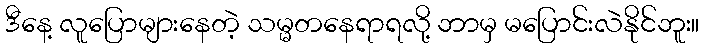
ဒီနေ့ လူပြောများနေတဲ့ သမ္မတနေရာရလို့ ဘာမှ မပြောင်းလဲနိုင်ဘူး။